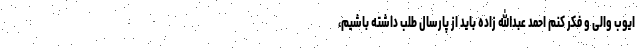
ایوب والی و فکر کنم احمد عبدالله زاده باید از پارسال طلب داشته باشیم،